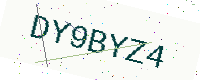
Text: DY9BYZ4